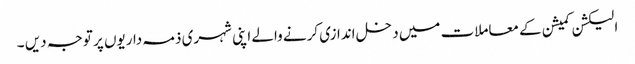
الیکشن کمیشن کے معاملات میں دخل اندازی کرنے والے اپنی شہری ذمہ داریوں پر توجہ دیں ۔